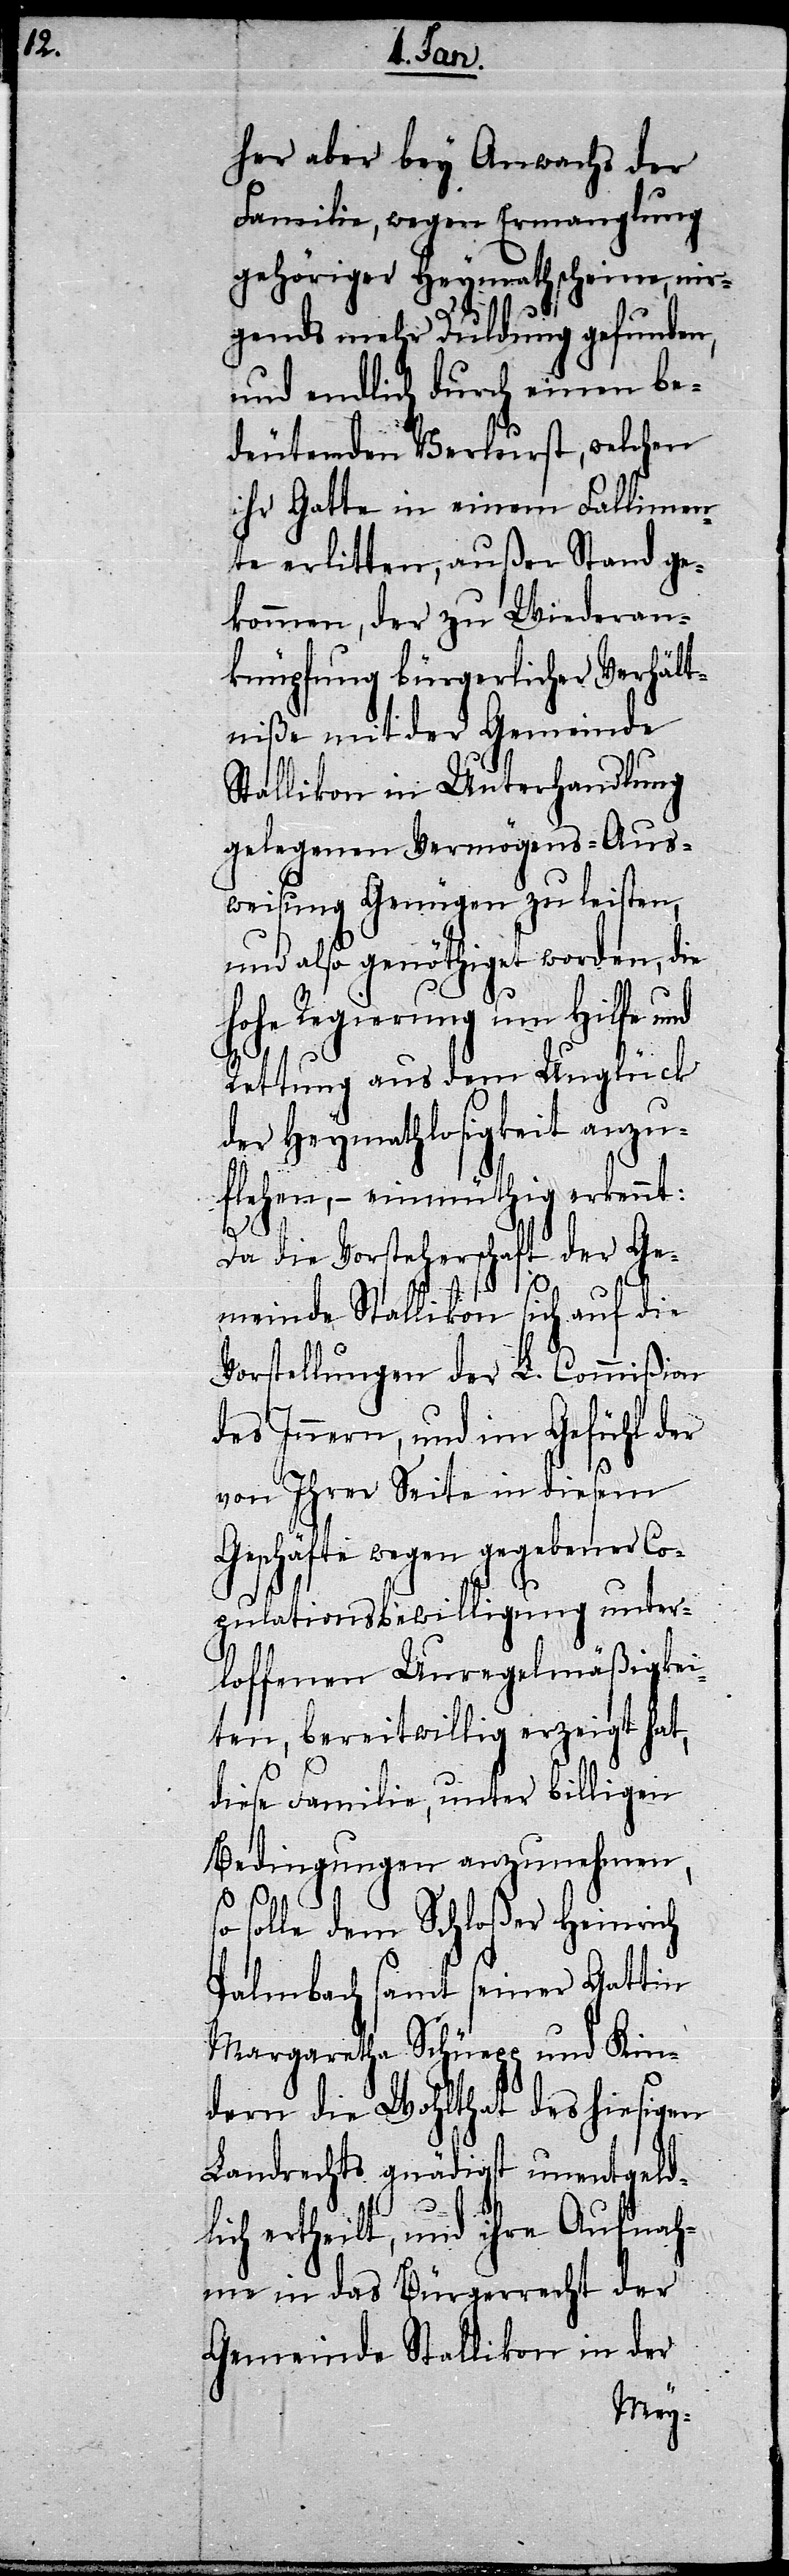
her aber bey Anwachs der
Familie, wegen Ermanglung
gehöriger Heymathscheine, nir¬
gends mehr Duldung gefunden,
und endlich durch einen be¬
deutenden Verlurst, welchen
ihr Gatte in einem Fallimen¬
te erlitten, außer Stand ge¬
kommen, der zu Wiederan¬
knüpfung bürgerlicher Verhält¬
niße mit der Gemeinde
Stallikon in Unterhandlung
gelegenen Vermögens-Aus¬
weisung Genügen zu leisten,
und also genöthiget worden, die
hohe Regierung um Hilfe und
Rettung aus dem Unglück
der Heymathlosigkeit anzu¬
flehen, – einmüthig erkennt:
Da die Vorsteherschaft der Ge¬
meinde Stallikon sich auf die
Vorstellungen der L. Commißion
des Innern, und im Gefühl der
von Ihrer Seite in diesem
Geschäfte wegen gegebener Co¬
pulationsbewilligung unter¬
loffenen Unregelmäßigkei¬
ten, bereitwillig erzeigt hat,
diese Familie, unter billigen
Bedingungen anzunehmen,
so
solle dem Schloßer Heinrich
Palmbach samt seiner Gattin
Margaretha Schüepp und Kin¬
dern die Wohlthat des hiesigen
Landrechts gnädigst unentgeld¬
lich ertheilt, und ihre Aufnah¬
me in das Bürgerrecht der
Gemeinde Stallikon in der